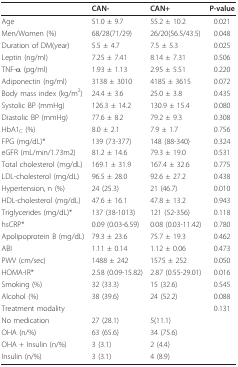
<table><thead><tr><td></td><td><b>CAN-</b></td><td><b>CAN+</b></td><td><b>P-value</b></td></tr></thead><tbody><tr><td>Age</td><td>51.0 ± 9.7</td><td>55.2 ± 10.2</td><td>0.021</td></tr><tr><td>Men/Women (%)</td><td>68/28(71/29)</td><td>26/20(56.5/43.5)</td><td>0.048</td></tr><tr><td>Duration of DM(year)</td><td>5.5 ± 4.7</td><td>7.5 ± 5.3</td><td>0.025</td></tr><tr><td>Leptin (ng/ml)</td><td>7.25 ± 7.41</td><td>8.14 ± 7.31</td><td>0.506</td></tr><tr><td>TNF-α (pg/ml)</td><td>1.93 ± 1.13</td><td>2.95 ± 5.51</td><td>0.220</td></tr><tr><td>Adiponectin (ng/ml)</td><td>3138 ± 3010</td><td>4185 ± 3615</td><td>0.072</td></tr><tr><td>Body mass index (kg/m<sup>2</sup>)</td><td>24.4 ± 3.6</td><td>25.0 ± 3.8</td><td>0.435</td></tr><tr><td>Systolic BP (mmHg)</td><td>126.3 ± 14.2</td><td>130.9 ± 15.4</td><td>0.080</td></tr><tr><td>Diastolic BP (mmHg)</td><td>77.6 ± 8.2</td><td>79.2 ± 9.3</td><td>0.308</td></tr><tr><td>HbA1<sub>C </sub>(%)</td><td>8.0 ± 2.1</td><td>7.9 ± 1.7</td><td>0.756</td></tr><tr><td>FPG (mg/dL)*</td><td>139 (73-377)</td><td>148 (88-340)</td><td>0.324</td></tr><tr><td>eGFR (mL/min/1.73m2)</td><td>81.2 ± 14.6</td><td>79.3 ± 19.0</td><td>0.531</td></tr><tr><td>Total cholesterol (mg/dL)</td><td>169.1 ± 31.9</td><td>167.4 ± 32.6</td><td>0.775</td></tr><tr><td>LDL-cholesterol (mg/dL)</td><td>96.5 ± 28.0</td><td>92.6 ± 27.2</td><td>0.438</td></tr><tr><td>Hypertension, n (%)</td><td>24 (25.3)</td><td>21 (46.7)</td><td>0.010</td></tr><tr><td>HDL-cholesterol (mg/dL)</td><td>47.6 ± 16.1</td><td>47.8 ± 13.2</td><td>0.943</td></tr><tr><td>Triglycerides (mg/dL)*</td><td>137 (38-1013)</td><td>121 (52-356)</td><td>0.118</td></tr><tr><td>hsCRP*</td><td>0.09 (0.03-6.59)</td><td>0.08 (0.03-11.42)</td><td>0.780</td></tr><tr><td>Apolipoprotein B (mg/dL)</td><td>79.3 ± 23.6</td><td>75.7 ± 19.3</td><td>0.462</td></tr><tr><td>ABI</td><td>1.11 ± 0.14</td><td>1.12 ± 0.06</td><td>0.473</td></tr><tr><td>PWV (cm/sec)</td><td>1488 ± 242</td><td>1575 ± 252</td><td>0.050</td></tr><tr><td>HOMA-IR*</td><td>2.58 (0.09-15.82)</td><td>2.87 (0.55-29.01)</td><td>0.016</td></tr><tr><td>Smoking (%)</td><td>32 (33.3)</td><td>15 (32.6)</td><td>0.545</td></tr><tr><td>Alcohol (%)</td><td>38 (39.6)</td><td>24 (52.2)</td><td>0.088</td></tr><tr><td>Treatment modality</td><td></td><td></td><td>0.131</td></tr><tr><td>No medication</td><td>27 (28.1)</td><td>5(11.1)</td><td></td></tr><tr><td>OHA (n/%)</td><td>63 (65.6)</td><td>34 (75.6)</td><td></td></tr><tr><td>OHA + Insulin (n/%)</td><td>3 (3.1)</td><td>2 (4.4)</td><td></td></tr><tr><td>Insulin (n/%)</td><td>3 (3.1)</td><td>4 (8.9)</td><td></td></tr></tbody></table>